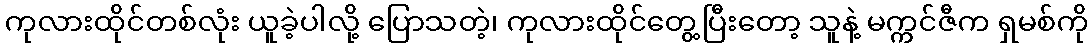
ကုလားထိုင်တစ်လုံး ယူခဲ့ပါလို့ ပြောသတဲ့၊ ကုလားထိုင်တွေ့ပြီးတော့ သူနဲ့ မက္ကင်ဇီက ရှမစ်ကို